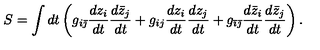
S = \int d t \left( g _ { i \bar { \jmath } } { \frac { d z _ { i } } { d t } } { \frac { d \bar { z } _ { j } } { d t } } + g _ { i j } { \frac { d z _ { i } } { d t } } { \frac { d z _ { j } } { d t } } + g _ { \bar { \imath } \bar { \jmath } } { \frac { d \bar { z } _ { i } } { d t } } { \frac { d \bar { z } _ { j } } { d t } } \right) .